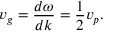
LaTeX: v _ { g } = { \frac { d \omega } { d k } } = { \frac { 1 } { 2 } } v _ { p } .